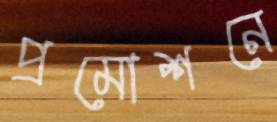
প্রমোশনে